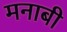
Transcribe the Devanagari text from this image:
मनाबी